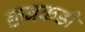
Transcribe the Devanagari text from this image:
छबकडी